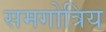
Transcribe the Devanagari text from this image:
समगोत्रिय